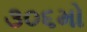
૩૦૬મો